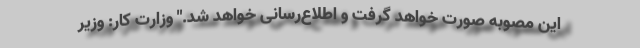
این مصوبه صورت خواهد گرفت و اطلاع‌رسانی خواهد شد." وزارت کار: وزیر